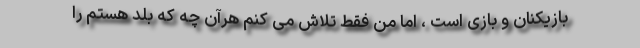
بازیکنان و بازی است ، اما من فقط تلاش می کنم هرآن چه که بلد هستم را